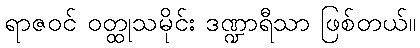
ရာဇဝင် ဝတ္ထုသမိုင်း ဒဏ္ဍာရီသာ ဖြစ်တယ်။